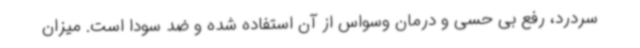
سردرد، رفع بی حسی و درمان وسواس از آن استفاده شده و ضد سودا است. میزان